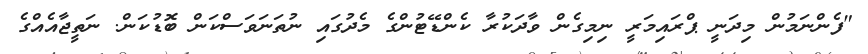
"ފެންނަމުން މިދަނީ ޕްރައިމަރީ ނިމިގެން ވާދަކުރާ ކެންޑޭޓުންގެ މެދުގައި ނުތަނަވަސްކަން ބޮޑުކަން. ނަތީޖާއެއްގެ